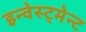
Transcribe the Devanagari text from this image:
इन्वेस्ट्मेन्ट